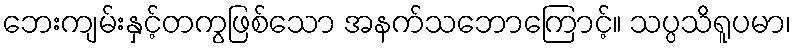
ဘေးကျမ်းနှင့်တကွဖြစ်သော အနက်သဘောကြောင့်။ သပ္ပသိရူပမာ၊